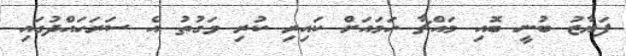
ފަޔާޒު ބުނީ ބޮއި މައްޗާ ހަމައަށް ކައިރި ކުރި ވަގުތު އެ ސަރަހައްދުގައި